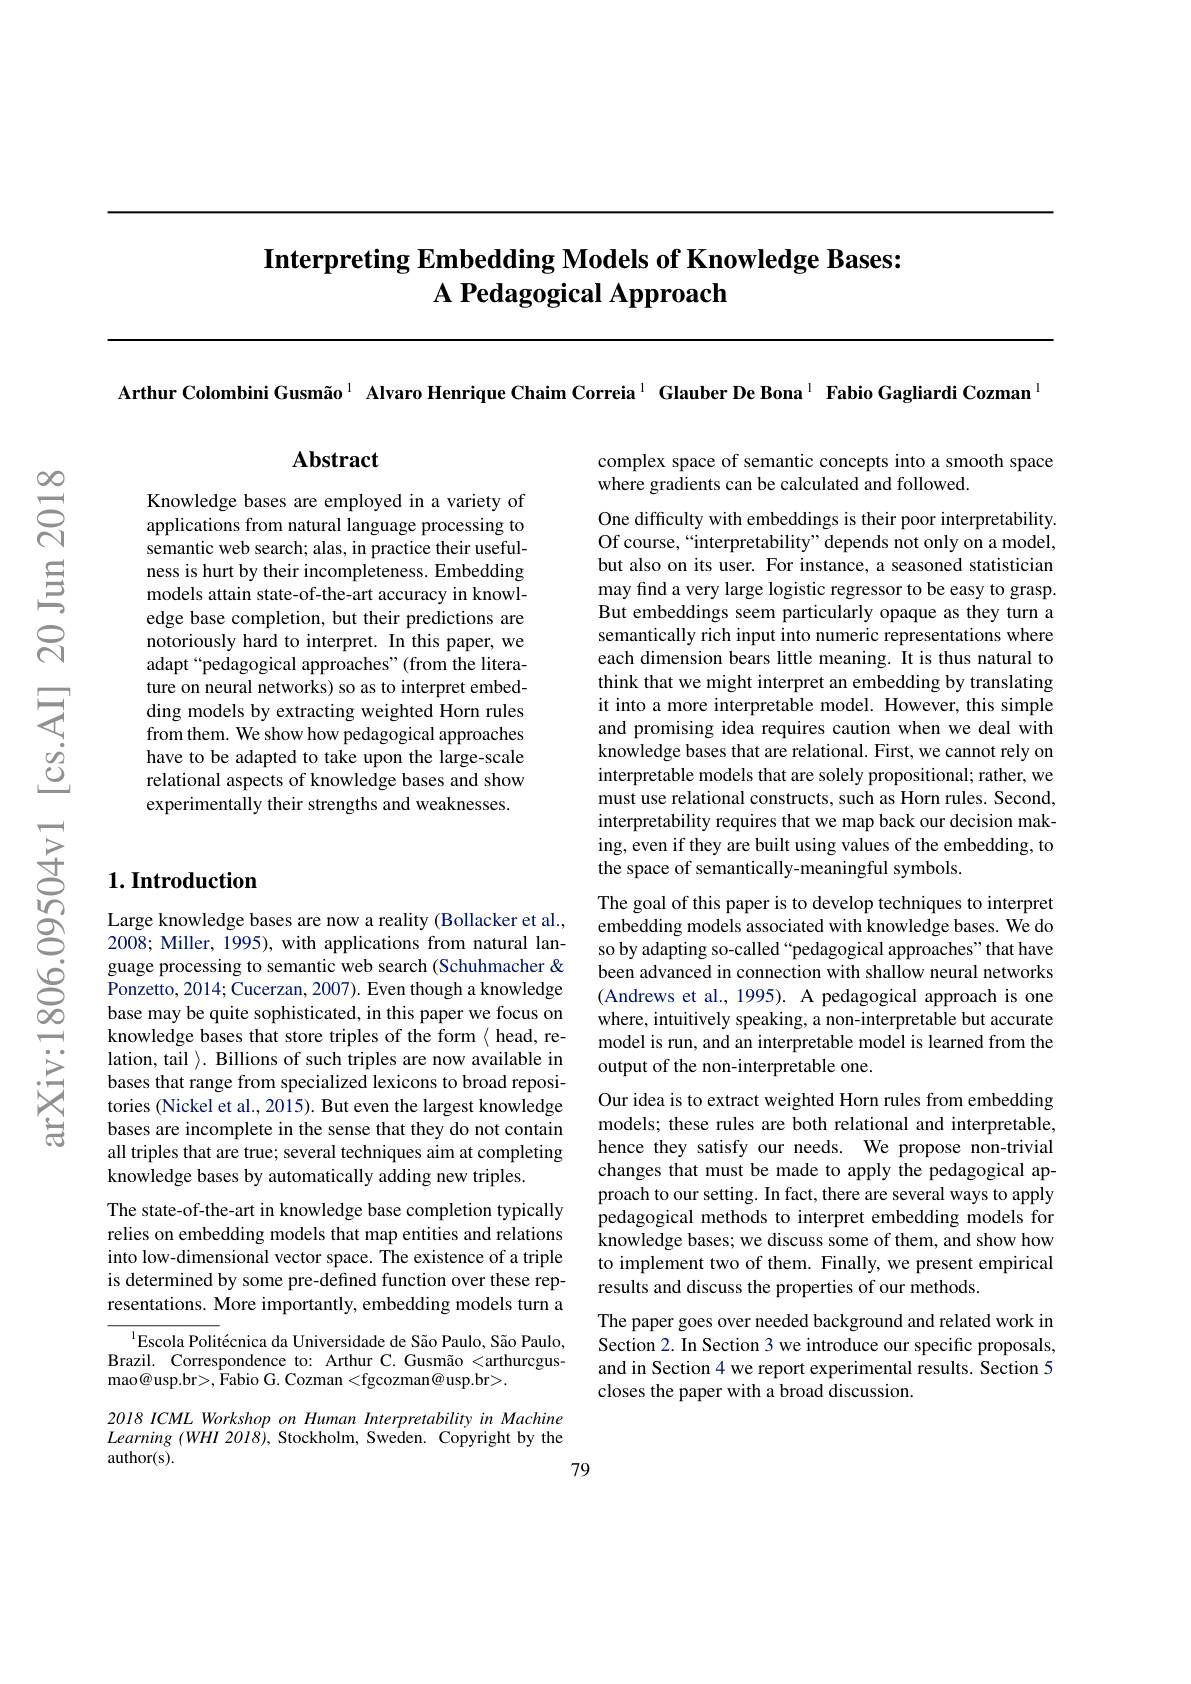
## Interpreting Embedding Models of Knowledge Bases: $\textbf{A Pedagogical Approach}$

Arthur Colombini Gusmão$^{1}$ Alvaro Henrique Chaim Correia$^{1}$ Glauber De Bona$^{-1}$ Fabio Gagliardi Cozman

## $\mathbf{Abstract}$

Knowledge bases are employed in a variety of applications from natural language processing to semantic web search; alas, in practice their usefulness is hurt by their incompleteness. Embedding models attain state-of-the-art accuracy in knowledge base completion, but their predictions are notoriously hard to interpret. In this paper, we adapt“pedagogical approaches”(from the literature on neural networks) so as to interpret embedding models by extracting weighted Horn rules from them. We show how pedagogical approaches have to be adapted to take upon the large-scale relational aspects of knowledge bases and show experimentally their strengths and weaknesses.

## $1. \textbf{Introduction}$

Large knowledge bases are now a reality (Bollacker et al., 2008; Miller, 1995), with applications from natural language processing to semantic web search (Schuhmacher & Ponzetto, 2014; Cucerzan, 2007). Even though a knowledge base may be quite sophisticated, in this paper we focus on knowledge bases that store triples of the form < head, relation, tail $\rangle.$ Billions of such triples are now available in bases that range from specialized lexicons to broad repositories (Nickel et al., 2015). But even the largest knowledge bases are incomplete in the sense that they do not contain all triples that are true; several techniques aim at completing knowledge bases by automatically adding new triples.
The state-of-the-art in knowledge base completion typically relies on embedding models that map entities and relations into low-dimensional vector space. The existence of a triple is determined by some pre-defined function over these representations. More importantly, embedding models turn a

$^{1}$Escola Politécnica da Universidade de São Paulo, São Paulo, Brazil. Correspondence to: Arthur C. Gusmão <arthurcgusmao@usp.br>, Fabio G. Cozman <fgcozman@usp.br>.

2018 ICML Workshop on Human Interpretability in Machine $Learning ( WHI 20I8) , $Stockholm, Sweden. Copyright by the author(s).
79

complex space of semantic concepts into a smooth space
where gradients can be calculated and followed.

One difficulty with embeddings is their poor interpretability Of course,“interpretability”depends not only on a model, but also on its user. For instance, a seasoned statistician may find a very large logistic regressor to be easy to grasp. But embeddings seem particularly opaque as they turn a semantically rich input into numeric representations where each dimension bears little meaning. It is thus natural to think that we might interpret an embedding by translating it into a more interpretable model. However, this simple and promising idea requires caution when we deal with knowledge bases that are relational. First, we cannot rely on interpretable models that are solely propositional; rather, we must use relational constructs, such as Horn rules. Second, interpretability requires that we map back our decision making, even if they are built using values of the embedding, to the space of semantically-meaningful symbols.

The goal of this paper is to develop techniques to interpret embedding models associated with knowledge bases. We do so by adapting so-called “pedagogical approaches" that have been advanced in connection with shallow neural networks (Andrews et al., 1995). A pedagogical approach is one where, intuitively speaking, a non-interpretable but accurate model is run, and an interpretable model is learned from the output of the non-interpretable one.
Our idea is to extract weighted Horn rules from embedding models; these rules are both relational and interpretable, hence they satisfy our needs. We propose non-trivial changes that must be made to apply the pedagogical approach to our setting. In fact, there are several ways to apply pedagogical methods to interpret embedding models for

knowledge bases; we discuss some of them, and show how to implement two of them. Finally, we present empirical results and discuss the properties of our methods.
The paper goes over needed background and related work in Section 2. In Section 3 we introduce our specific proposals, and in Section 4 we report experimental results. Section 5 closes the paper with a broad discussion.